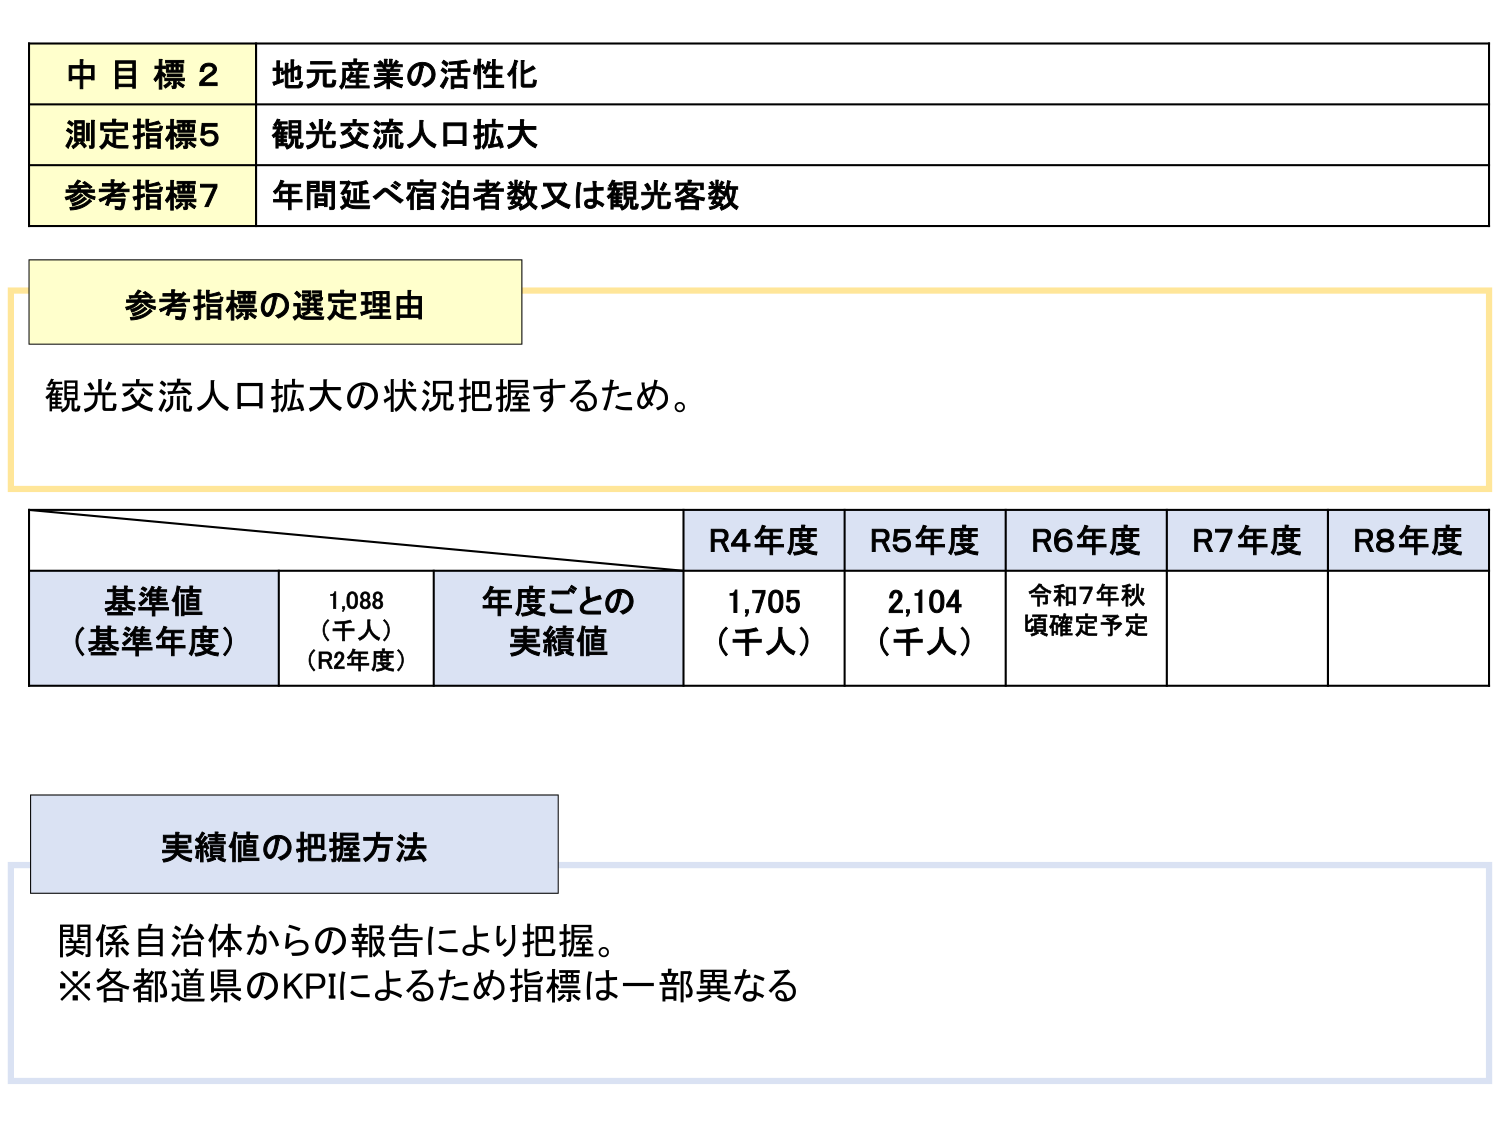
中目標2 地元産業の活性化
測定指標5 観光交流人口拡大
参考指標7 年間延べ宿泊者数又は観光客数

参考指標の選定理由
観光交流人口拡大の状況把握するため。

R4年度 R5年度 R6年度 R7年度 R8年度
基準値（基準年度） 1,088（千人）（R2年度） 年度ごとの実績値 1,705（千人） 2,104（千人） 令和7年秋頃確定予定

実績値の把握方法
関係自治体からの報告により把握。
※各都道県のKPIによるため指標は一部異なる